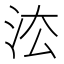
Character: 㳒